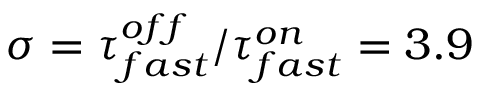
\sigma = \tau _ { f a s t } ^ { o f f } / \tau _ { f a s t } ^ { o n } = 3 . 9